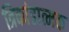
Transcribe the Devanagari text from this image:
त्रिकांडात्मक